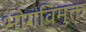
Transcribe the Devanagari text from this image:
भोगविमुक्त